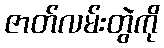
ဇာတ်လမ်းတွဲကို